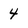
Character: 4